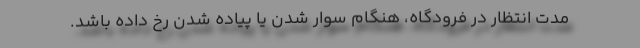
مدت انتظار در فرودگاه، هنگام سوار شدن یا پیاده شدن رخ داده باشد.